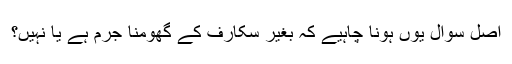
اصل سوال یوں ہونا چاہیے کہ بغیر سکارف کے گھومنا جرم ہے یا نہیں؟